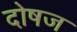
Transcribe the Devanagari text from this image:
दोषज